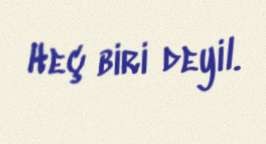
Heç biri deyil.